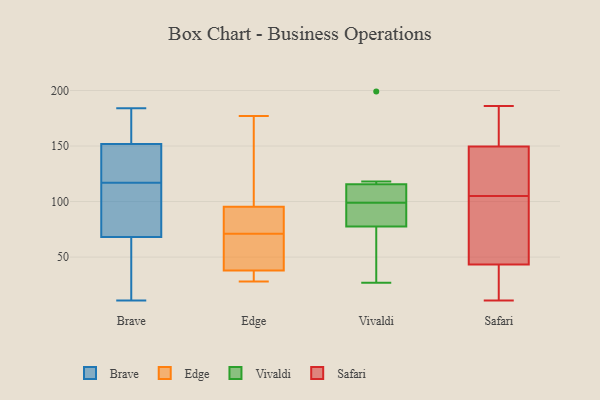
{"axis": {"x": "Tickets Resolved", "y": "Value"}, "legend": ["Brave", "Edge", "Safari", "Vivaldi"], "data": [{"x": "", "y": 184, "type": "Brave"}, {"x": "", "y": 174, "type": "Brave"}, {"x": "", "y": 47, "type": "Brave"}, {"x": "", "y": 98, "type": "Brave"}, {"x": "", "y": 81, "type": "Brave"}, {"x": "", "y": 145, "type": "Brave"}, {"x": "", "y": 96, "type": "Brave"}, {"x": "", "y": 11, "type": "Brave"}, {"x": "", "y": 139, "type": "Brave"}, {"x": "", "y": 154, "type": "Brave"}, {"x": "", "y": 40, "type": "Brave"}, {"x": "", "y": 117, "type": "Brave"}, {"x": "", "y": 21, "type": "Brave"}, {"x": "", "y": 130, "type": "Brave"}, {"x": "", "y": 66, "type": "Brave"}, {"x": "", "y": 158, "type": "Brave"}, {"x": "", "y": 74, "type": "Brave"}, {"x": "", "y": 173, "type": "Brave"}, {"x": "", "y": 141, "type": "Brave"}, {"x": "", "y": 102, "type": "Edge"}, {"x": "", "y": 39, "type": "Edge"}, {"x": "", "y": 126, "type": "Edge"}, {"x": "", "y": 59, "type": "Edge"}, {"x": "", "y": 77, "type": "Edge"}, {"x": "", "y": 71, "type": "Edge"}, {"x": "", "y": 35, "type": "Edge"}, {"x": "", "y": 66, "type": "Edge"}, {"x": "", "y": 28, "type": "Edge"}, {"x": "", "y": 33, "type": "Edge"}, {"x": "", "y": 177, "type": "Edge"}, {"x": "", "y": 93, "type": "Edge"}, {"x": "", "y": 83, "type": "Edge"}, {"x": "", "y": 43, "type": "Vivaldi"}, {"x": "", "y": 92, "type": "Vivaldi"}, {"x": "", "y": 98, "type": "Vivaldi"}, {"x": "", "y": 117, "type": "Vivaldi"}, {"x": "", "y": 27, "type": "Vivaldi"}, {"x": "", "y": 118, "type": "Vivaldi"}, {"x": "", "y": 114, "type": "Vivaldi"}, {"x": "", "y": 93, "type": "Vivaldi"}, {"x": "", "y": 100, "type": "Vivaldi"}, {"x": "", "y": 199, "type": "Vivaldi"}, {"x": "", "y": 63, "type": "Vivaldi"}, {"x": "", "y": 106, "type": "Vivaldi"}, {"x": "", "y": 113, "type": "Safari"}, {"x": "", "y": 152, "type": "Safari"}, {"x": "", "y": 145, "type": "Safari"}, {"x": "", "y": 11, "type": "Safari"}, {"x": "", "y": 105, "type": "Safari"}, {"x": "", "y": 26, "type": "Safari"}, {"x": "", "y": 105, "type": "Safari"}, {"x": "", "y": 186, "type": "Safari"}, {"x": "", "y": 39, "type": "Safari"}, {"x": "", "y": 47, "type": "Safari"}, {"x": "", "y": 105, "type": "Safari"}, {"x": "", "y": 186, "type": "Safari"}, {"x": "", "y": 42, "type": "Safari"}, {"x": "", "y": 151, "type": "Safari"}, {"x": "", "y": 113, "type": "Safari"}]}